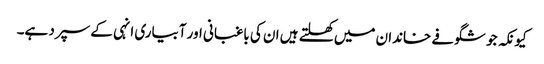
کیونکہ جو شگوفے خاندان میں کھلتے ہیں ان کی باغبانی اور آبیاری انہی کے سپرد ہے۔